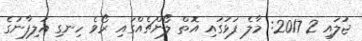
ޖުލައި 2 2017: މާލެ ފަޅުގައި އޮތް ލޯންޗެއްގައި ރޯވެ ހިނގި އަލިފާނުގެ